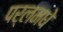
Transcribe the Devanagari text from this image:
पर्लमधे